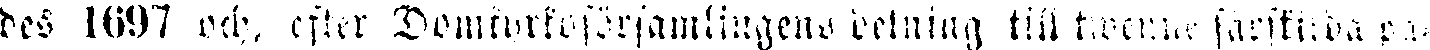
des 1897 och, efter Domkyrkoförsamlingens delning till twenne särskilda pa-